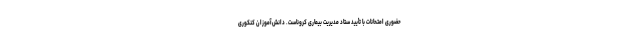
حضوری امتحانات با تأیید ستاد مدیریت بیماری کروناست. دانش‌آموزان کنکوری